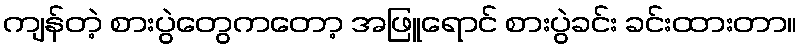
ကျန်တဲ့ စားပွဲတွေကတော့ အဖြူရောင် စားပွဲခင်း ခင်းထားတာ။